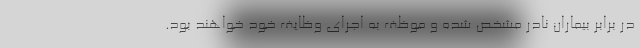
در برابر بیماران نادر مشخص شده و موظف به اجرای وظایف خود خواهند بود.